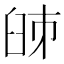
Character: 𦥥